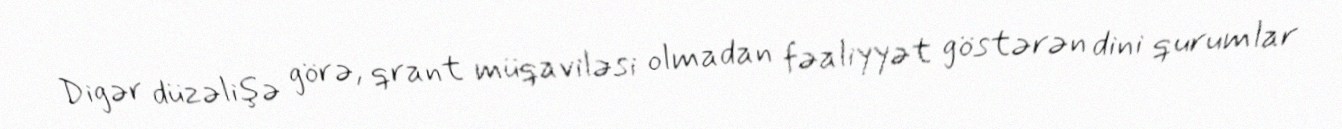
Digər düzəlişə görə, qrant müqaviləsi olmadan fəaliyyət göstərən dini qurumlar